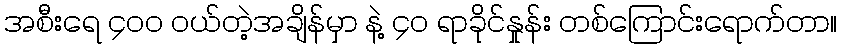
အစီးရေ ၄၀၀ ဝယ်တဲ့အချိန်မှာ နဲ့ ၄၀ ရာခိုင်နှုန်း တစ်ကြောင်းရောက်တာ။